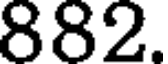
882.